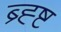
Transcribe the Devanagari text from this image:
ब्र्ह्ष्ट